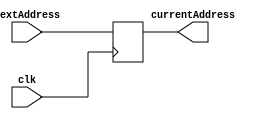
module ProgramCounter(
    input wire clk,
    input wire [31:0] nextAddress,
    output reg [31:0] currentAddress
);

// Update PC on each rising edge of the clock
always @(posedge clk) begin
    currentAddress <= nextAddress;
end

endmodule